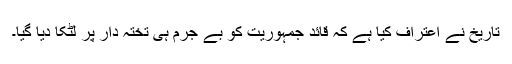
تاریخ نے اعتراف کیا ہے کہ قائد جمہوریت کو بے جرم ہی تختہ دار پر لٹکا دیا گیا۔